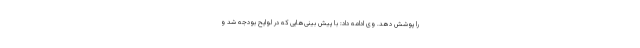
را پوشش دهد. وی ادامه داد: با پیش بینی‌هایی که در لوایح بودجه شد و